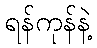
ရန်ကုန်နဲ့